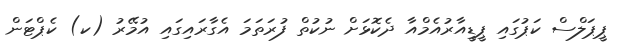
ޕީޕަލްސް ކަޕުގައި ޕީޑީއާރުއެމްއާ ދެކޮޅަށް ނުކުތް ފުރަތަމަ އެގާރައިގައި އުމޭރު (ކ) ކެޕްޓަން